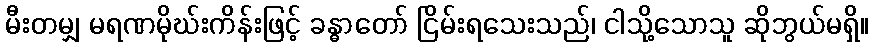
မီးတမျှ မရဏမိုဃ်းကိန်းဖြင့် ခန္ဓာတော် ငြိမ်းရသေးသည်၊ ငါသို့သောသူ ဆိုဘွယ်မရှိ။